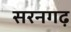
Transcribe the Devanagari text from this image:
सरनगढ़